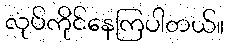
လုပ်ကိုင်နေကြပါတယ်။